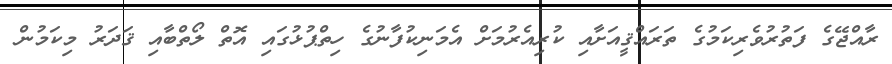
ރާއްޖޭގެ ފަތުރުވެރިކަމުގެ ތަރައްޤީއަށާއި ކުރިއެރުމަށް އެމަނިކުފާނުގެ ހިތްޕުޅުގައި އޮތް ލޯތްބާއި ޤަދަރު މިކަމުން